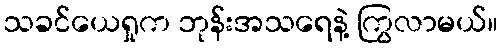
သခင်ယေရှုက ဘုန်းအသရေနဲ့ ကြွလာမယ်။